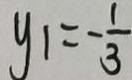
y _ { 1 } = - \frac { 1 } { 3 }